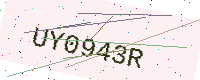
Text: UY0943R